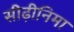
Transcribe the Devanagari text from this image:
सीढ़ीनिमा